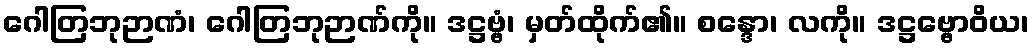
ဂေါတြဘုဉာဏံ၊ ဂေါတြဘုဉာဏ်ကို။ ဒဋ္ဌဗ္ဗံ၊ မှတ်ထိုက်၏။ စန္ဒော၊ လကို။ ဒဋ္ဌဗ္ဗောဝိယ၊